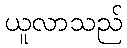
ယူလာသည်